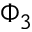
\Phi _ { 3 }